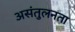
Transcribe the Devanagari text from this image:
असंतुलनता